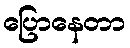
ပြောနေတာ